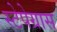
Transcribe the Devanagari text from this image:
स्टेपेग्रास